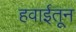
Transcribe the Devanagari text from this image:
हवाईतून